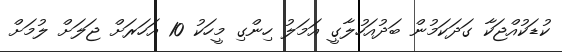
ކުޑަކުއްޖަކާ ގަދަކަމުން ބަދުއަހުލާގީ އަމަލު ހިންގި މީހަކު 10 އަހަރަށް ޖަލަށް ލުމަށް